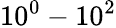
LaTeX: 10^{0}-10^{2}